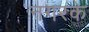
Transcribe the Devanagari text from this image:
नगरके